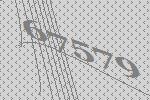
67579